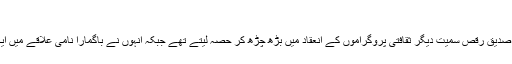
‘‘
مقامی ڈپٹی کمشنر ناہیدالاسلام کے بقول صدیق رقص سمیت دیگر ثقافتی پروگراموں کے انعقاد میں بڑھ چڑھ کر حصہ لیتے تھے جبکہ انہوں نے باگمارا نامی علاقے میں ایک میوزک اسکول بھی قائم کر رکھا تھا۔